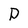
Character: P